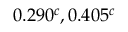
0 . 2 9 0 ^ { c } , 0 . 4 0 5 ^ { c }